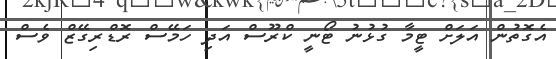
އެގޮތުން އަލަށް ޓީމާ ގުޅުނު ޓޯނީ ކްރޫސް އަދި ހަމޭސް ރޮޑްރިގޭޒް ވެސް